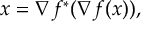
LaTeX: x = \nabla f ^ { * } ( \nabla f ( x ) ) ,